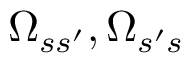
\Omega _ { s s ^ { \prime } } , \Omega _ { s ^ { \prime } s }